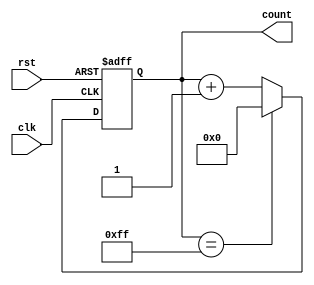
module counter_module (
    input clk,
    input rst,
    output reg [7:0] count
);

always @(posedge clk or posedge rst) begin
    if (rst) begin
        count <= 8'h00;
    end else begin
        count <= count + 1;
        if (count == 8'hFF) begin
            count <= 8'h00;
        end
    end
end

endmodule